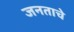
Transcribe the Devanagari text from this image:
जनताचे